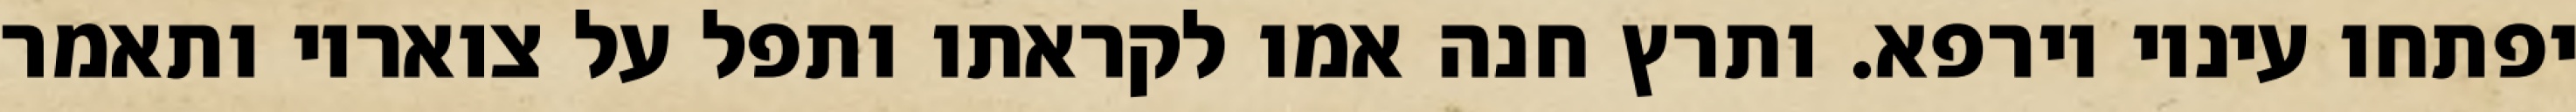
יפתחו עיניו וירפא. ותרץ חנה אמו לקראתו ותפל על צואריו ותאמר